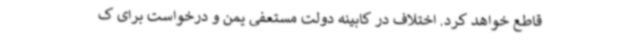
قاطع خواهد کرد. اختلاف در کابینه دولت مستعفی یمن و درخواست برای ک